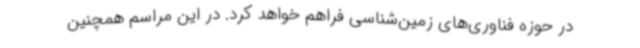
در حوزه فناوری‌های زمین‌شناسی فراهم خواهد کرد. در این مراسم همچنین